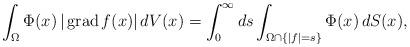
LaTeX: \begin{align*} \int_\Omega \Phi(x)\,|\operatorname{grad} f(x)|\,dV(x)=\int_0^\infty ds\int_{ \Omega\cap\{|f|= s \}}\Phi(x)\,dS(x),\end{align*}